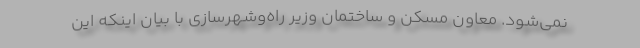
نمی‌شود. معاون مسکن و ساختمان وزیر راه‌وشهرسازی با بیان اینکه این